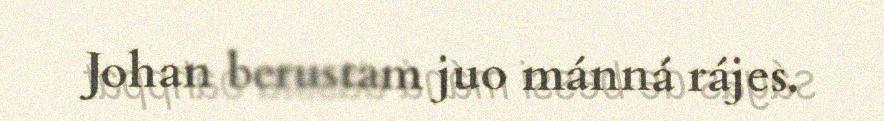
Johan berustam juo mánná rájes.